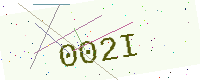
Text: 002I